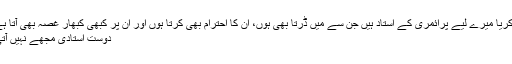
زکریا میرے لیے پرائمری کے استاد ہیں جن سے میں ڈرتا بھی ہوں، ان کا احترام بھی کرتا ہوں اور ان پر کبھی کبھار غصہ بھی آتا ہے
دوست استادی مجھے نہیں آتی۔